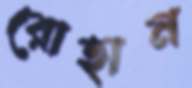
রোহান